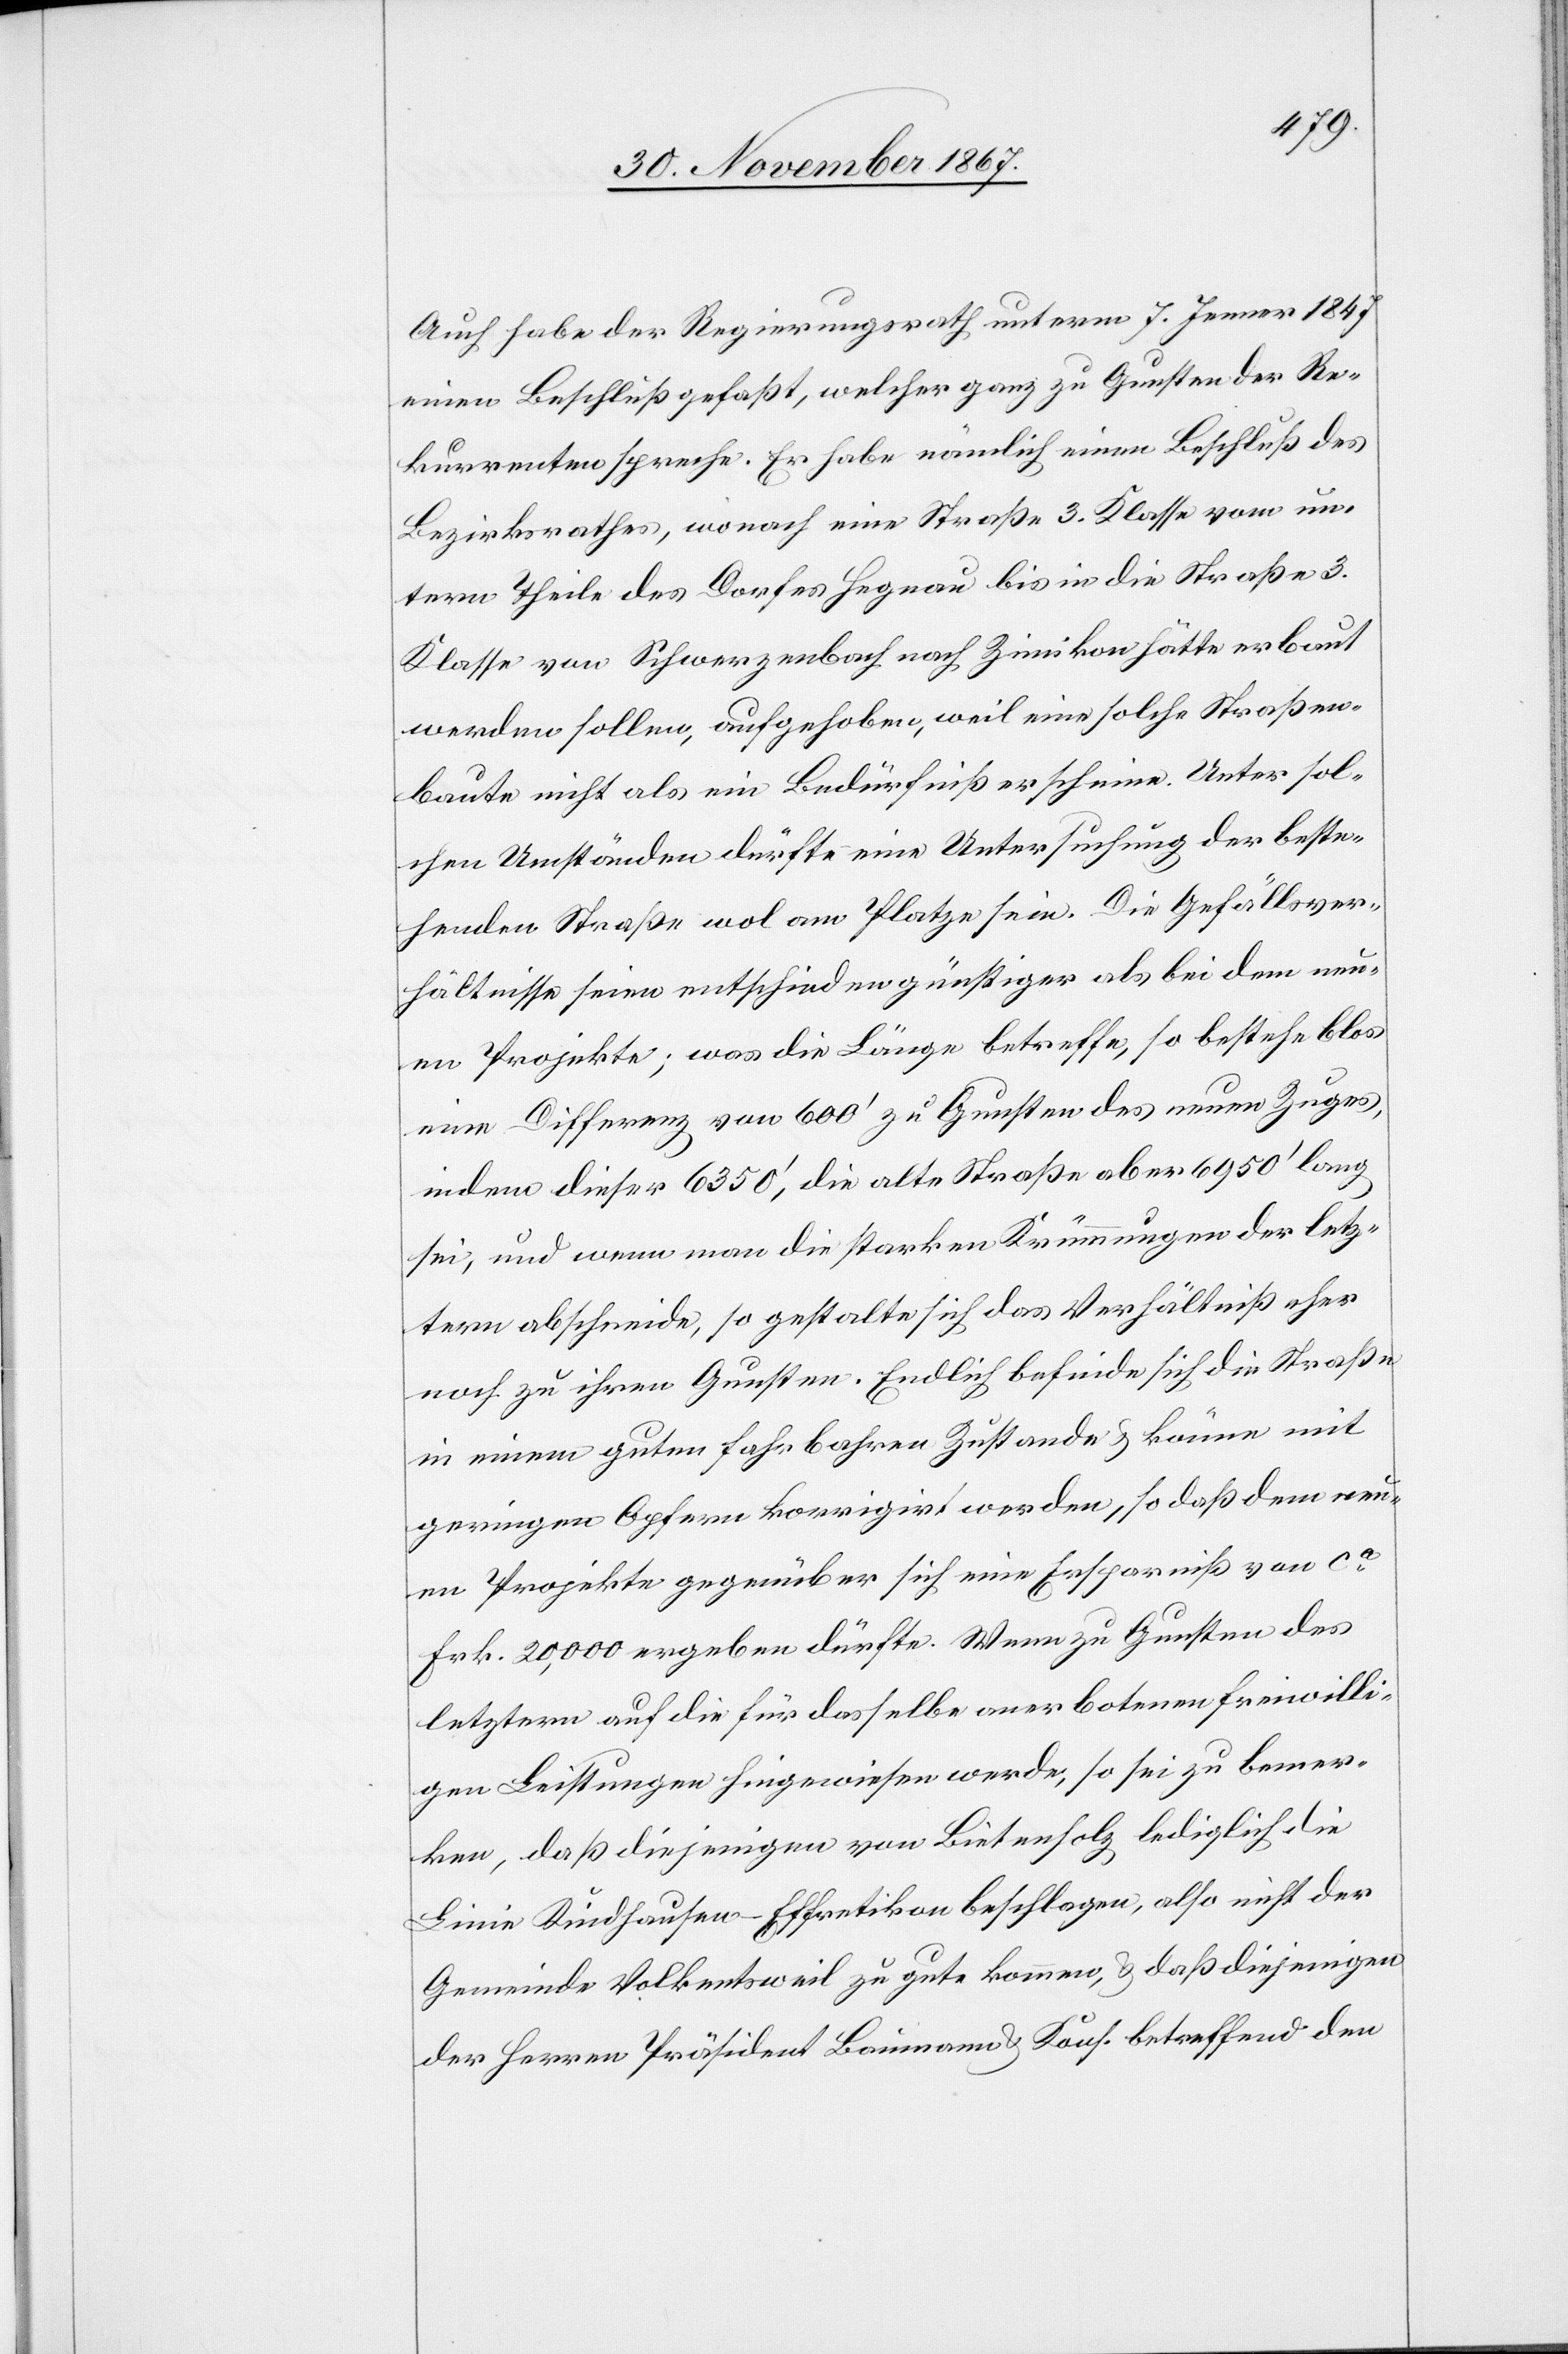
Auch habe der Regierungsrath unterm 7. Jenner 1847
einen Beschluß gefaßt, welcher ganz zu Gunsten der Re¬
kurrenten spreche. Er habe nämlich einen Beschluß des
Bezirksrathes, wonach eine Straße 3. Klasse vom un¬
tern Theile des Dorfes Hegnau bis in die Straße 3.
Klasse von Schwerzenbach nach Zimikon hätte erbaut
werden sollen, aufgehoben, weil eine solche Straßen¬
baute nicht als ein Bedürfniß erscheine. Unter sol¬
chen Umständen dürfte eine Untersuchung der beste¬
henden Straße wol am Platze sein. Die Gefällsver¬
hältnisse seien entschieden günstiger als bei dem neu¬
en Projekte; was die Länge betreffe, so bestehe blos
eine Differenz von 600‘ zu Gunsten des neuen Zuges,
indem dieser 6350‘, die alte Straße aber 6950‘ lang
sei, und wenn man die starken Krümmungen der letz¬
tern abschneide, so gestalte sich das Verhältniß eher
noch zu ihren Gunsten. Endlich befinde sich die Straße
in einem guten fahrbaren Zustande u. es könne mit
geringen Opfern korrigirt werden, so daß dem neu¬
en Projekte gegenüber sich eine Ersparniß von ca
Frk. 20 000 ergeben dürfte. Wenn zu Gunsten des
letztern auf die für dasselbe anerbotenen freiwilli¬
gen Leistungen hingewiesen werden, so sei zu bemer¬
ken, daß diejenigen von Bietenholz lediglich die
Linie Kindhausen–Effretikon beschlagen, also nicht der
Gemeinde Volkentsweil zu gute kommen, u. daß diejenigen
der Herren Präsident Baumann u. Kons. betreffend den